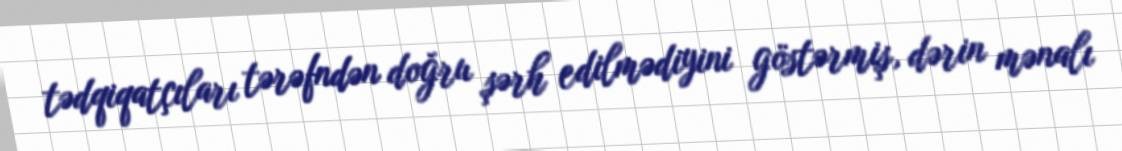
tədqiqatçıları tərəfndən doğru şərh edilmədiyini göstərmiş, dərin mənalı